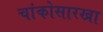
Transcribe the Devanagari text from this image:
चांकोसारखा